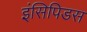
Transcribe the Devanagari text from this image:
इंसिपिडस